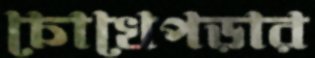
চোখেপড়ার